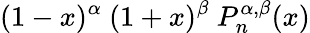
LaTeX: (1-x)^{\alpha}\ (1+x)^{\beta}\ P_{n}^{\alpha,\beta}(x)